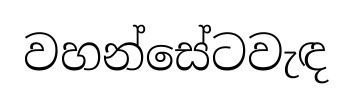
වහන්සේටවැඳ